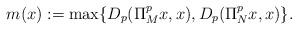
LaTeX: \begin{align*} m(x) := \max \{D_p(\Pi_M^p x, x), D_p(\Pi_N^px, x)\}. \end{align*}